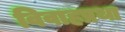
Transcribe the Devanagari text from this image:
विवाहप्रथा